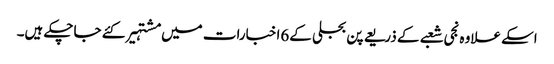
اسکے علاوہ نجی شعبے کے ذریعے پن بجلی کے6اخبارات میں مشتہیر کئے جاچکے ہیں۔